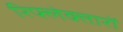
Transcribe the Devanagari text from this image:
रिफ्लेक्तारों